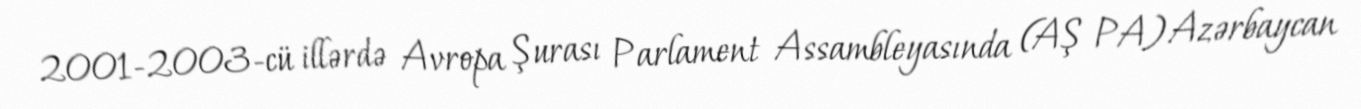
2001-2003-cü illərdə Avropa Şurası Parlament Assambleyasında (AŞ PA) Azərbaycan